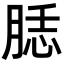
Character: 𦜙